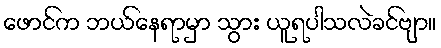
ဖောင်က ဘယ်နေရာမှာ သွား ယူရပါသလဲခင်ဗျာ။